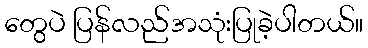
တွေပဲ ပြန်လည်အသုံးပြုခဲ့ပါတယ်။